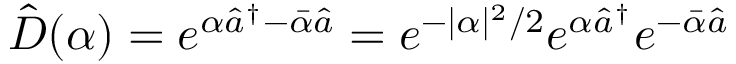
\hat { D } ( \alpha ) = e ^ { \alpha \hat { a } ^ { \dag } - \bar { \alpha } \hat { a } } = e ^ { - | \alpha | ^ { 2 } / 2 } e ^ { \alpha \hat { a } ^ { \dag } } e ^ { - \bar { \alpha } \hat { a } }